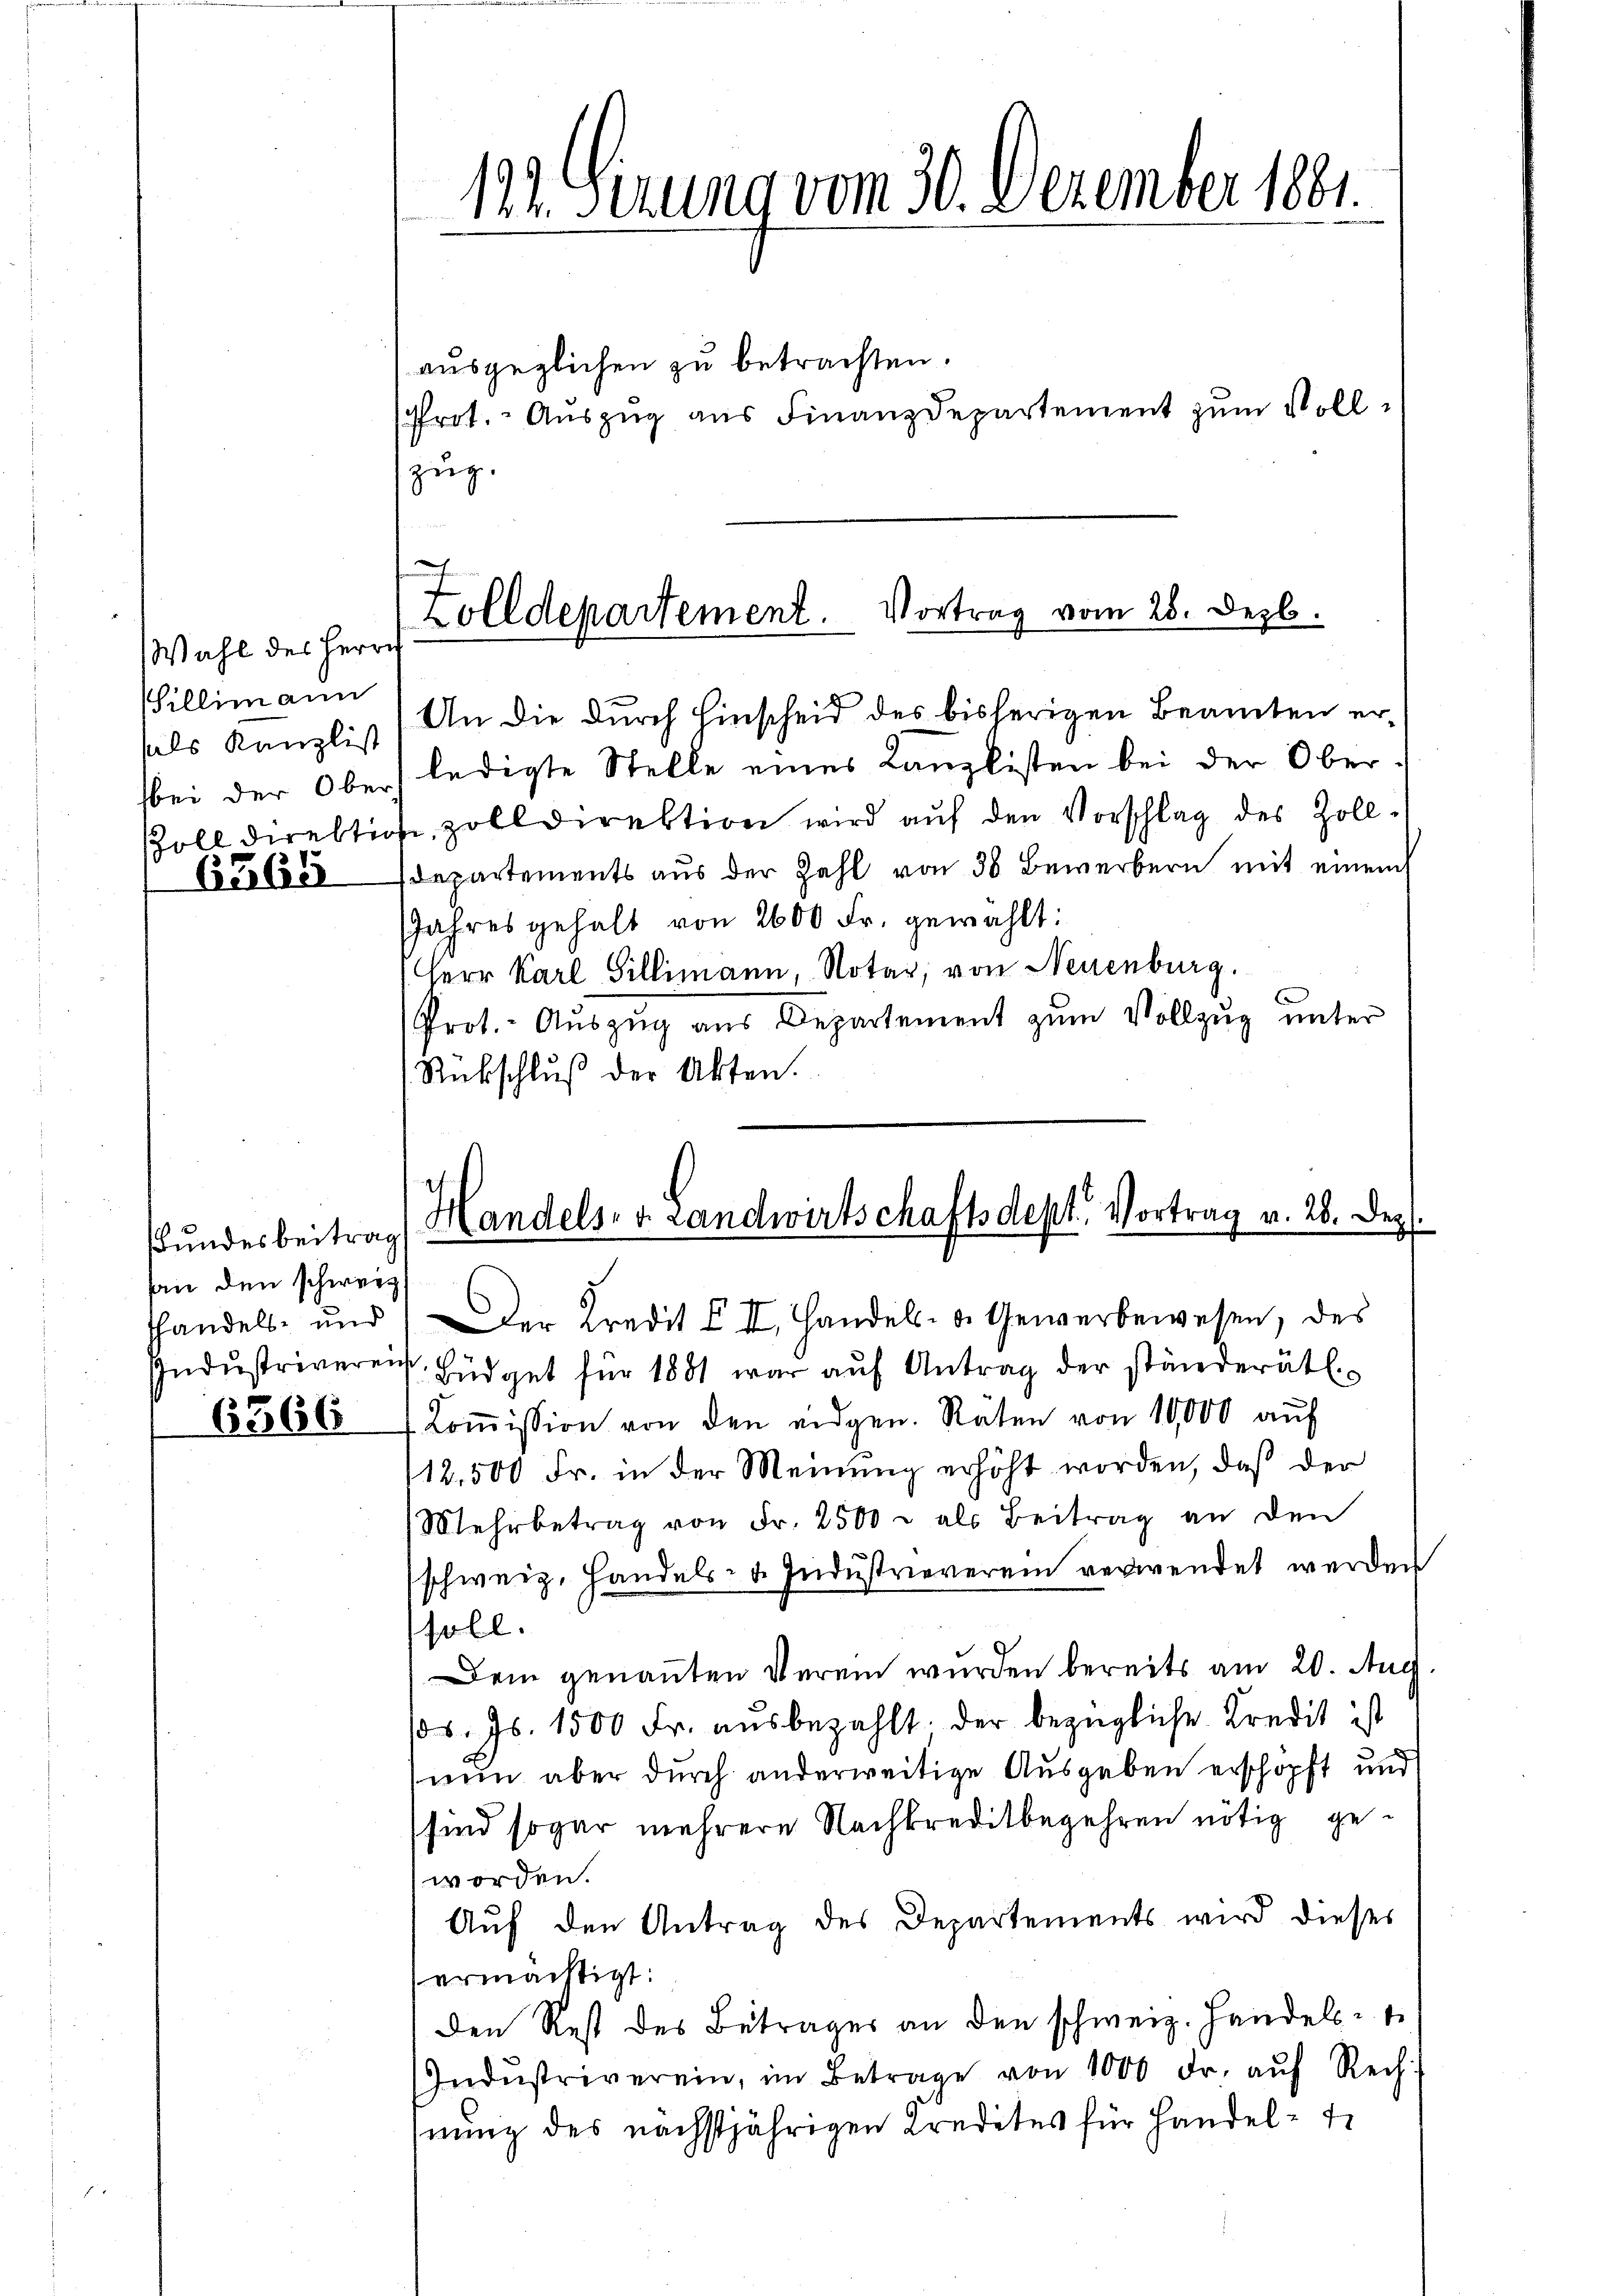
Wahl des Herrn
illimann

6265

Bundesbeitrag
han den schweiz.
shandels- und
6366

ausgeglichen zu betrachten.
Prot. Auszug aus Finanzdepartement zum Vollzŭg.

177. Sizung vom 30. Dezember 1881.

Zolldepartement. Vortrag vom 28. Dezb.

als Kanzlis, An die durch Einscheid des bisherigen Beamten erbei der Obers ledigte Stelle eines Kanzlisten bei der Ober¬
Poll direktione, zoll Direktion wird aŭf den Vorschlag des Zoll¬
Departements aus der Zahl von 30 Bewerbern mit einem
Jahres gehalt von 2600 Fr. gewählt:
Herr Karl Sillimann, Notar, von Neuenburg.
Prot. Auszug aus Departement zum Vollzug unter
Rückschluß der Akten.

Handels- u. Landwirtschaftsdept. Vortrag v. 28. Dez.

Der Kredit III. Handels- u. Gewerbewesen, des
Indŭstriverei Büdget für 1881 war aŭf Antrag der ständerätl
Koṁission von den eidgen. Räten von 10,000 auf
12,500 Fr. in der Meinŭng erhöht worden, daß der
Mehrbetrag von Fr. 2500 u als Beitrag an den
schweiz. Handels- u. Industrieverein verwendet werden
soll.
Dem genannten Verein wurden bereits am 20. Aug.
s. Js. 1500 Fr. aŭsbezahlt der bezügliche Kredit ist
nun aber durch anderweitige Ausgaben erschöpft und
sind sogar mehrere Nachkreditbegehren nötig geworden.
Aŭf den Antrag des Departements wird dieses
ermächtigt:
den Rest des Betrages an den schweiz. Handels-
Indŭstriverein, im Betrage von 1000 Fr. aŭf Rech-
hnung des nächstjährigen Kredites für Handelt.